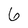
Character: 6